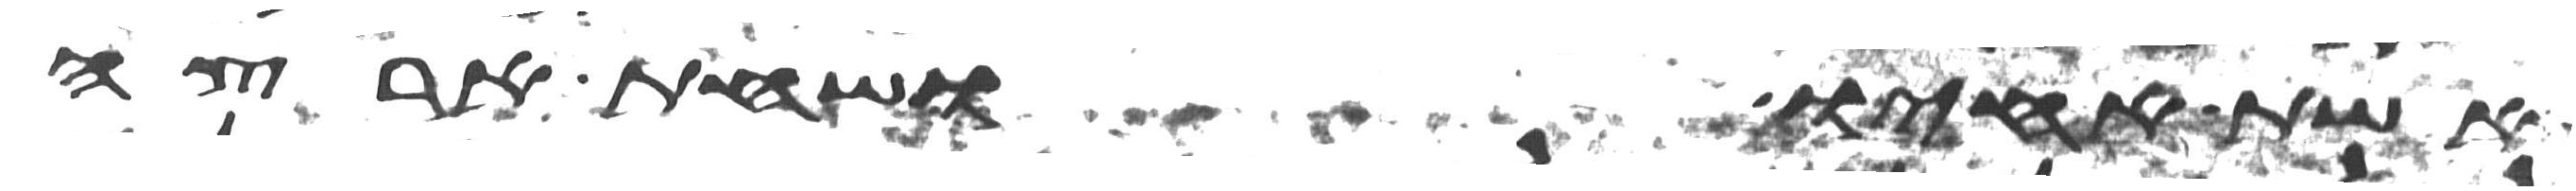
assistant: אשת אחיו ושחת ארצה